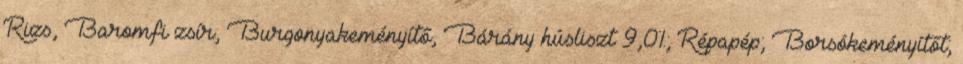
Rizs, Baromfi zsír, Burgonyakeményítő, Bárány húsliszt 9,0%; Répapép; Borsókeményítőt;